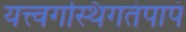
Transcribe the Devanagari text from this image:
यत्त्वगस्थिगतंपापं